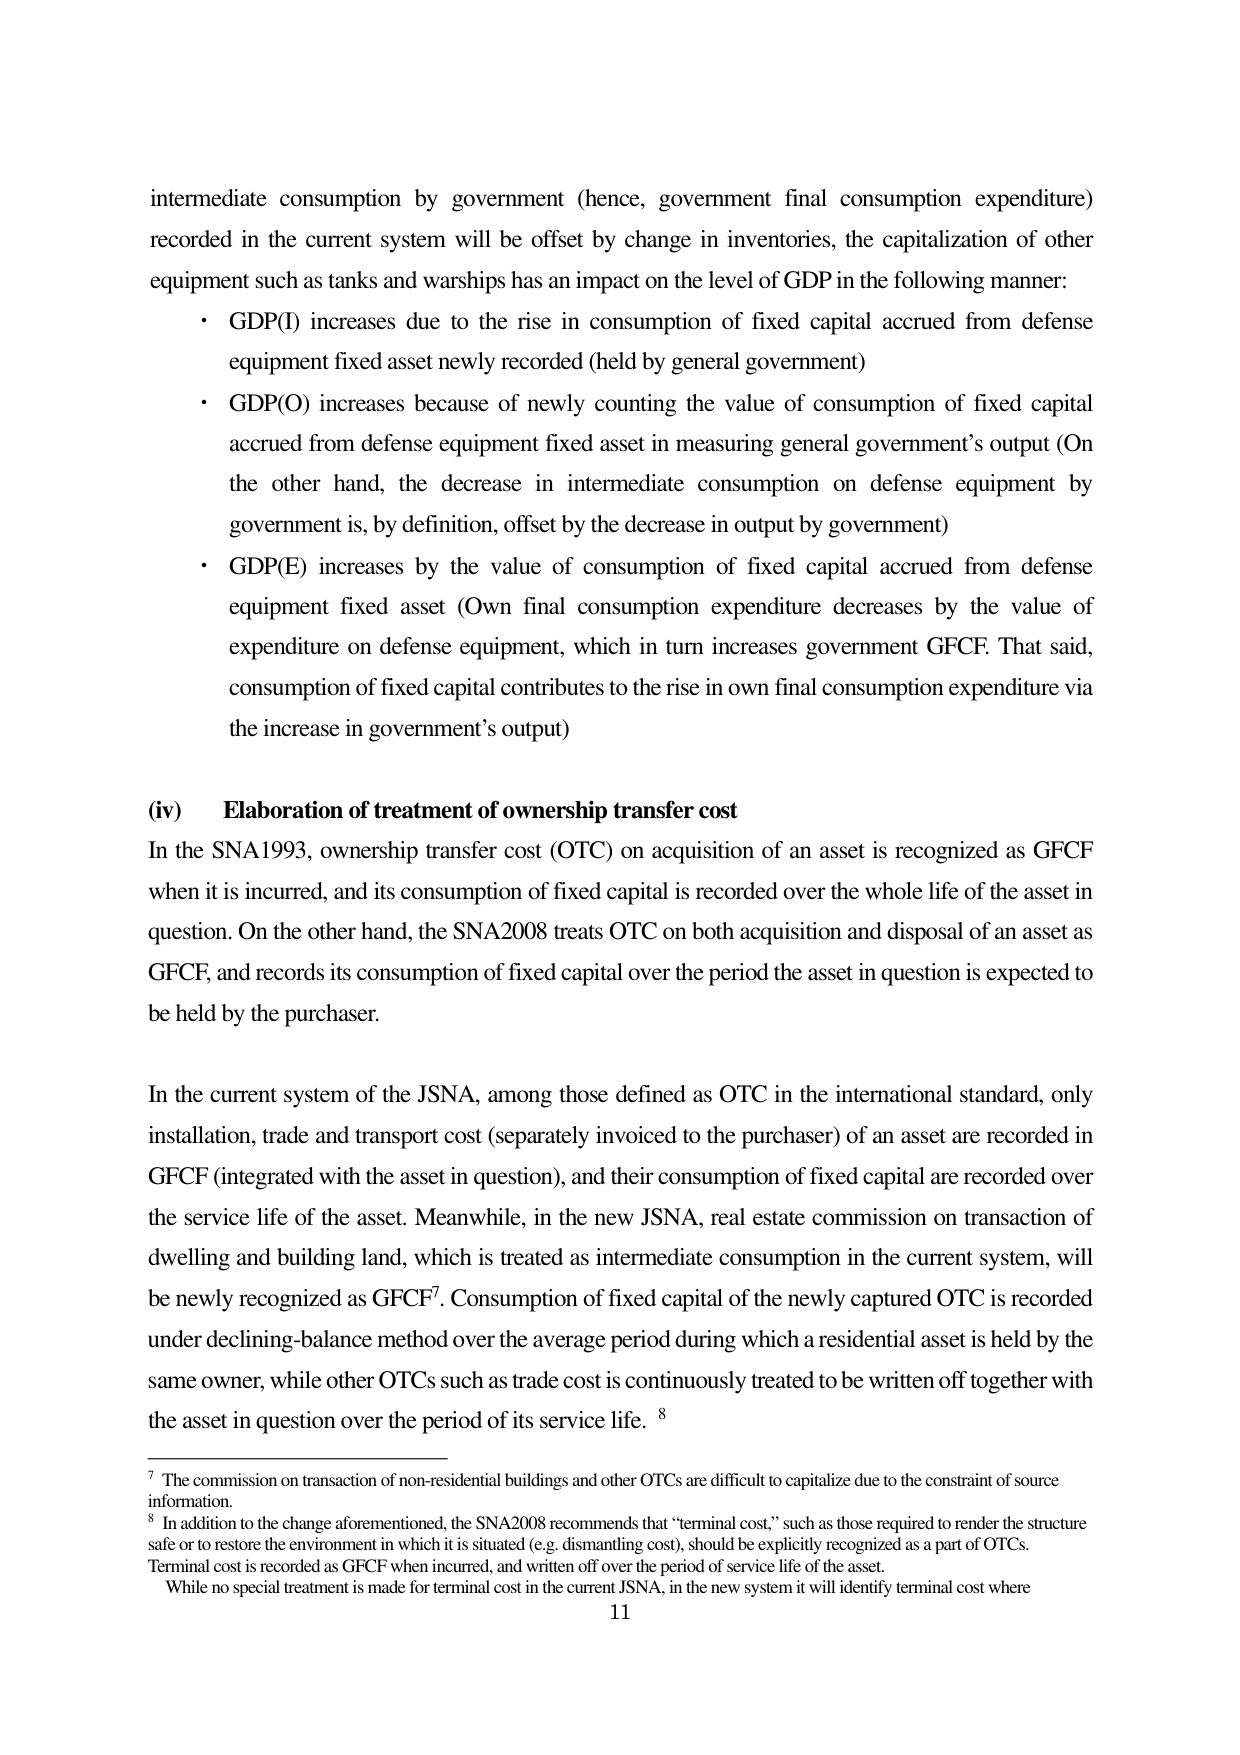
intermediate consumption by government (hence, government final consumption expenditure) recorded in the current system will be offset by change in inventories, the capitalization of other equipment such as tanks and warships has an impact on the level of GDP in the following manner:

• GDP(I) increases due to the rise in consumption of fixed capital accrued from defense equipment fixed asset newly recorded (held by general government)

• GDP(O) increases because of newly counting the value of consumption of fixed capital accrued from defense equipment fixed asset in measuring general government’s output (On the other hand, the decrease in intermediate consumption on defense equipment by government is, by definition, offset by the decrease in output by government)

• GDP(E) increases by the value of consumption of fixed capital accrued from defense equipment fixed asset (Own final consumption expenditure decreases by the value of expenditure on defense equipment, which in turn increases government GFCF. That said, consumption of fixed capital contributes to the rise in own final consumption expenditure via the increase in government’s output)

(iv) Elaboration of treatment of ownership transfer cost

In the SNA1993, ownership transfer cost (OTC) on acquisition of an asset is recognized as GFCF when it is incurred, and its consumption of fixed capital is recorded over the whole life of the asset in question. On the other hand, the SNA2008 treats OTC on both acquisition and disposal of an asset as GFCF, and records its consumption of fixed capital over the period the asset in question is expected to be held by the purchaser.

In the current system of the JSNA, among those defined as OTC in the international standard, only installation, trade and transport cost (separately invoiced to the purchaser) of an asset are recorded in GFCF (integrated with the asset in question), and their consumption of fixed capital are recorded over the service life of the asset. Meanwhile, in the new JSNA, real estate commission on transaction of dwelling and building land, which is treated as intermediate consumption in the current system, will be newly recognized as GFCF⁷. Consumption of fixed capital of the newly captured OTC is recorded under declining-balance method over the average period during which a residential asset is held by the same owner, while other OTCs such as trade cost is continuously treated to be written off together with the asset in question over the period of its service life. ⁸

⁷ The commission on transaction of non-residential buildings and other OTCs are difficult to capitalize due to the constraint of source information.

⁸ In addition to the change aforementioned, the SNA2008 recommends that “terminal cost,” such as those required to render the structure safe or to restore the environment in which it is situated (e.g. dismantling cost), should be explicitly recognized as a part of OTCs. Terminal cost is recorded as GFCF when incurred, and written off over the period of service life of the asset. While no special treatment is made for terminal cost in the current JSNA, in the new system it will identify terminal cost where

11